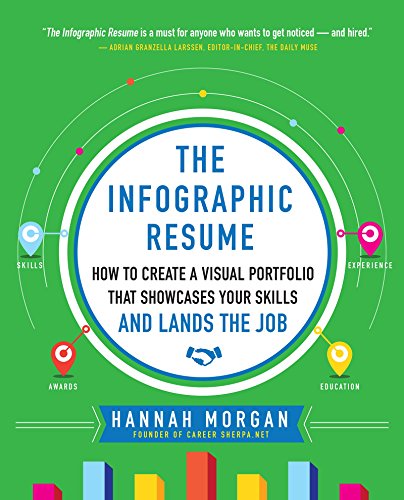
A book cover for The Infographic Resume: How to Create a Visual Portfolio that Showcases Your Skills and Lands the Job; Hannah Morgan; Business & Money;